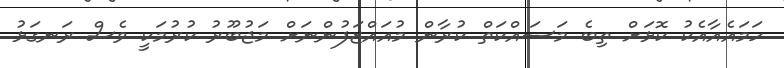
ހަމައެއާއެކު ކޮޅަށް ތިބެ މަސައްކަތް ކުރާން މުއައްޒަފުންނަށް މަޖުބޫރު ކުރުމަކީ ވެސް ރަނގަޅު